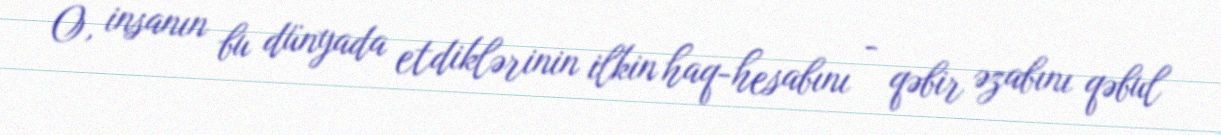
O, insanın bu dünyada etdiklərinin ilkin haq-hesabını - qəbir əzabını qəbul